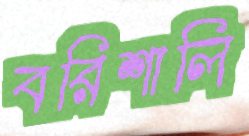
বরিশালি